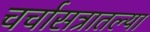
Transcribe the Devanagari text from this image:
चर्चासत्रातल्या